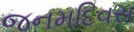
જનમદિવસ